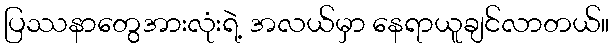
ပြဿနာတွေအားလုံးရဲ့ အလယ်မှာ နေရာယူချင်လာတယ်။